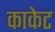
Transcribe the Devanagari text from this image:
काकेट